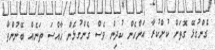
ގެންގުޅޭ ގޮތަށް ކުށްކުރާ އަންހެން ކުދިން ވެސް ގެންގުޅެން ޚާއްސަ ތަނެއް ބޭނުންވާ